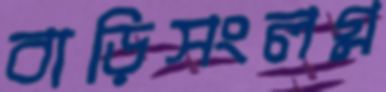
বাড়িসংলগ্ন